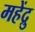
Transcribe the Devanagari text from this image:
महेंद्रु